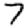
Digit: 7